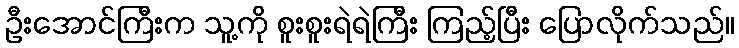
ဦးအောင်ကြီးက သူ့ကို စူးစူးရဲရဲကြီး ကြည့်ပြီး ပြောလိုက်သည်။